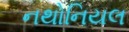
નથોનિયલ